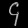
Digit: ၄